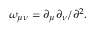
\omega _ { \mu \nu } = \partial _ { \mu } \partial _ { \nu } / \partial ^ { 2 } .